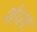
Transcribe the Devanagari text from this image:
शेफा